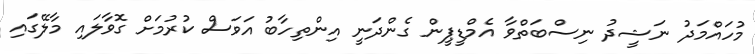
މުހައްމަދު ނަޝީދު ނިސްބަތްވާ އެމްޑީޕީން ގެންދަނީ އިންތިހާބު އަވަސް ކުރުމަށް ގޮވާލައި މާލޭގައި